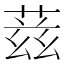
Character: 𬝘